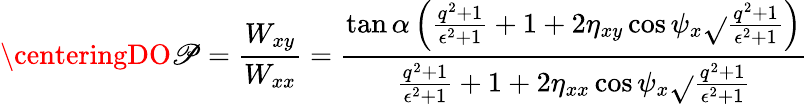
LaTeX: \centeringDO\mathscr{P}=\frac{{W_{xy}}}{{W_{xx}}}=\frac{{\tan{\alpha}\left(\frac{{q^{2}+1}}{{\epsilon^{2}+1}}+1+2\eta_{xy}\cos{\psi_{x}}\sqrt{}{{\frac{{q^{2}+1}}{{\epsilon^{2}+1}}}}\right)}}{{\frac{{q^{2}+1}}{{\epsilon^{2}+1}}+1+2\eta_{xx}\cos{\psi_{x}}\sqrt{}{{\frac{{q^{2}+1}}{{\epsilon^{2}+1}}}}}}